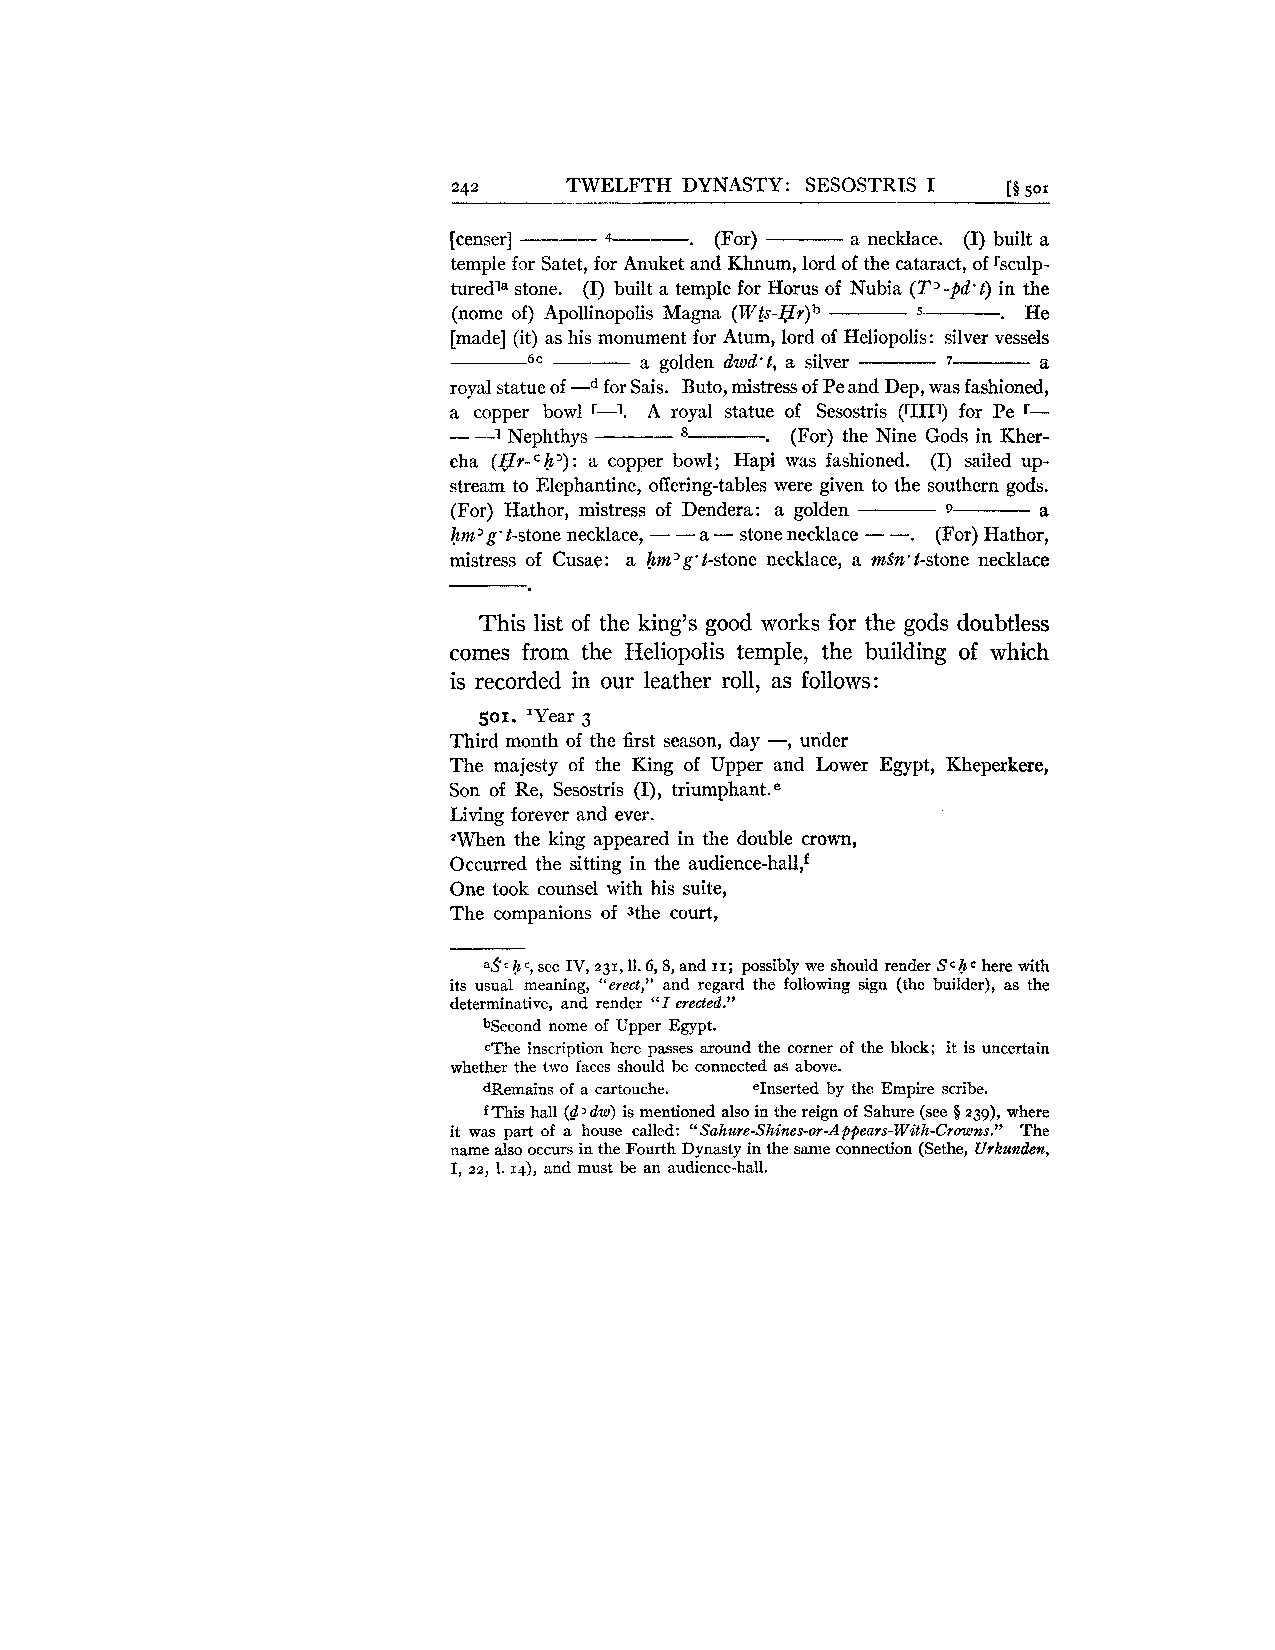
242     TWELFTH DYNASTY: SESOSTRIS I [B 501
 .
 [censer] -- -4-  (For)    a necklace. (I) built a
 temple for Satet, for Anuket and Khnum, lord of the cataract, of rsculp-
 turedla stone. (I) built a temple for Horus of Nubia (T'-pd't) in the
 .
 (nome of) Apollinopolis Magna (W~S-HY)~ 5 He
 [made] (it) as his monument for Atum, lord of Heliopolis: silver vessels
 6 c    a golden dwd't, a silver 7 8
 royal statue of -"or Sais. Buto, mistress of Pe and Dep, was fashioned,
 a copper bowl '-1. A royal statue of Sesostris (rIIJ.3 for Pe r-
 .
 - -1 Nephthys --      (For) the Nine Gods in Kher-
 eha (@Y-h~3 ): a copper bowl; Hapi was fashioned. (I) sailed up-
 stream to Elephantine, offering-tables were given to the southern gods.
 (For) Hathor, mistress of Dendera: a golden 9 a
 hm'g' t-stone necklace, - - a - stone necklace - -. (For) Hathor,
 mistress of Cusae: a hm ' g . t-stone necklace, a mSn' t-stone necklace
 This list of the king's good works for the gods doubtless
 comes from the Heliopolis temple, the building of which
 is recorded in our leather roll, as follo~vs:
 501. 'Year 3
 -,
 Third month of the first season, day under
 The majesty of the King of Upper and Lower Egypt, Kheperkere,
 Son of Re, Sesostris (I), tri~mphant.~
 Living forever and ever.
 When the king appeared in the double crown,
 Occurred the sitting in the audience-hall:
 One took counsel with his suite,
 The companions of 3the court,
 c h C, see IV, 23 I, 11.6,8, and I I ; possibly we should render S c h c here with
 its usual meaning, "erect," and regard the following sign (the builder), as the
 determinative, and render "I erected."
 bSecond nome of Upper Egypt.
 cThe inscription here passes around the corner of the block; it is uncertain
 whether the two faces should be connected as above.
 dRemains of a cartouche. eInserted by the Empire scribe.
 fThis hall (d2dw)i s mentioned also in the reign of Sahure (see $239), where
 it was part of a house called: "Sahure-Shines-or-Appears-With-Croze,ns."T he
 name also occurs in the Fourth Dynasty in the same connection (Sethe, Urkulzden,
 I, 22, 1. 14), and must be an audience-hall.